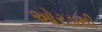
ઓરડાથી